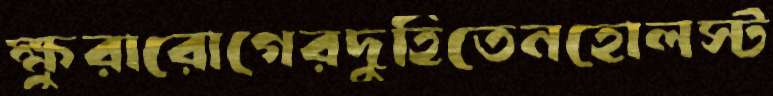
ক্ষুরারোগেরদুহিতেনহোলস্ট